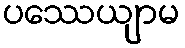
ပဿေယျာမ